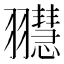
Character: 䎚